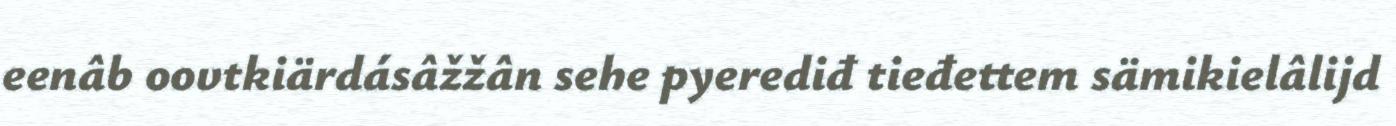
eenâb oovtkiärdásâžžân sehe pyerediđ tieđettem sämikielâlijd